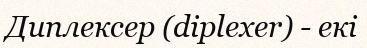
Диплексер (diplexer) - екі